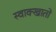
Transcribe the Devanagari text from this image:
स्वाक्खातो